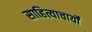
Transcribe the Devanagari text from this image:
साहित्याचार्यों